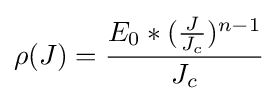
\rho (J)={\frac {E_{0}*({\frac {J}{J_{c}}})^{n-1}}{J_{c}}}